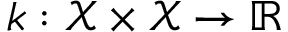
k : \mathcal { X } \times \mathcal { X } \to \mathbb { R }